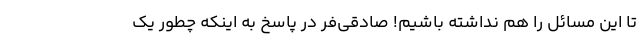
تا این مسائل را هم نداشته باشیم! صادقی‌فر در پاسخ به اینکه چطور یک